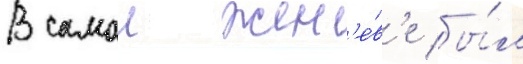
В самои жен'е́в'е бы́л